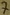
Text: 7